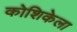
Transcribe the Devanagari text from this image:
कोशिकेला